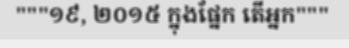
"""១៩, ២០១៥ ក្នុងផ្នែក តើអ្នក"""